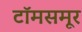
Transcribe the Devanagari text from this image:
टॉमसमूर